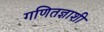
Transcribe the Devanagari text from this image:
गणितज्ञाशी